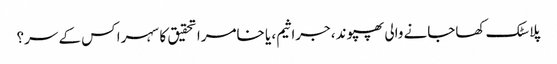
پلاسٹک کھاجانے والی پھپوند، جراثیم، یا خامرا تحقیق کا سہرا کس کے سر؟